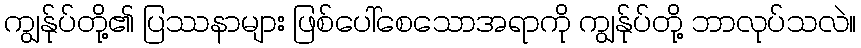
ကျွန်ုပ်တို့၏ ပြဿနာများ ဖြစ်ပေါ်စေသောအရာကို ကျွန်ုပ်တို့ ဘာလုပ်သလဲ။